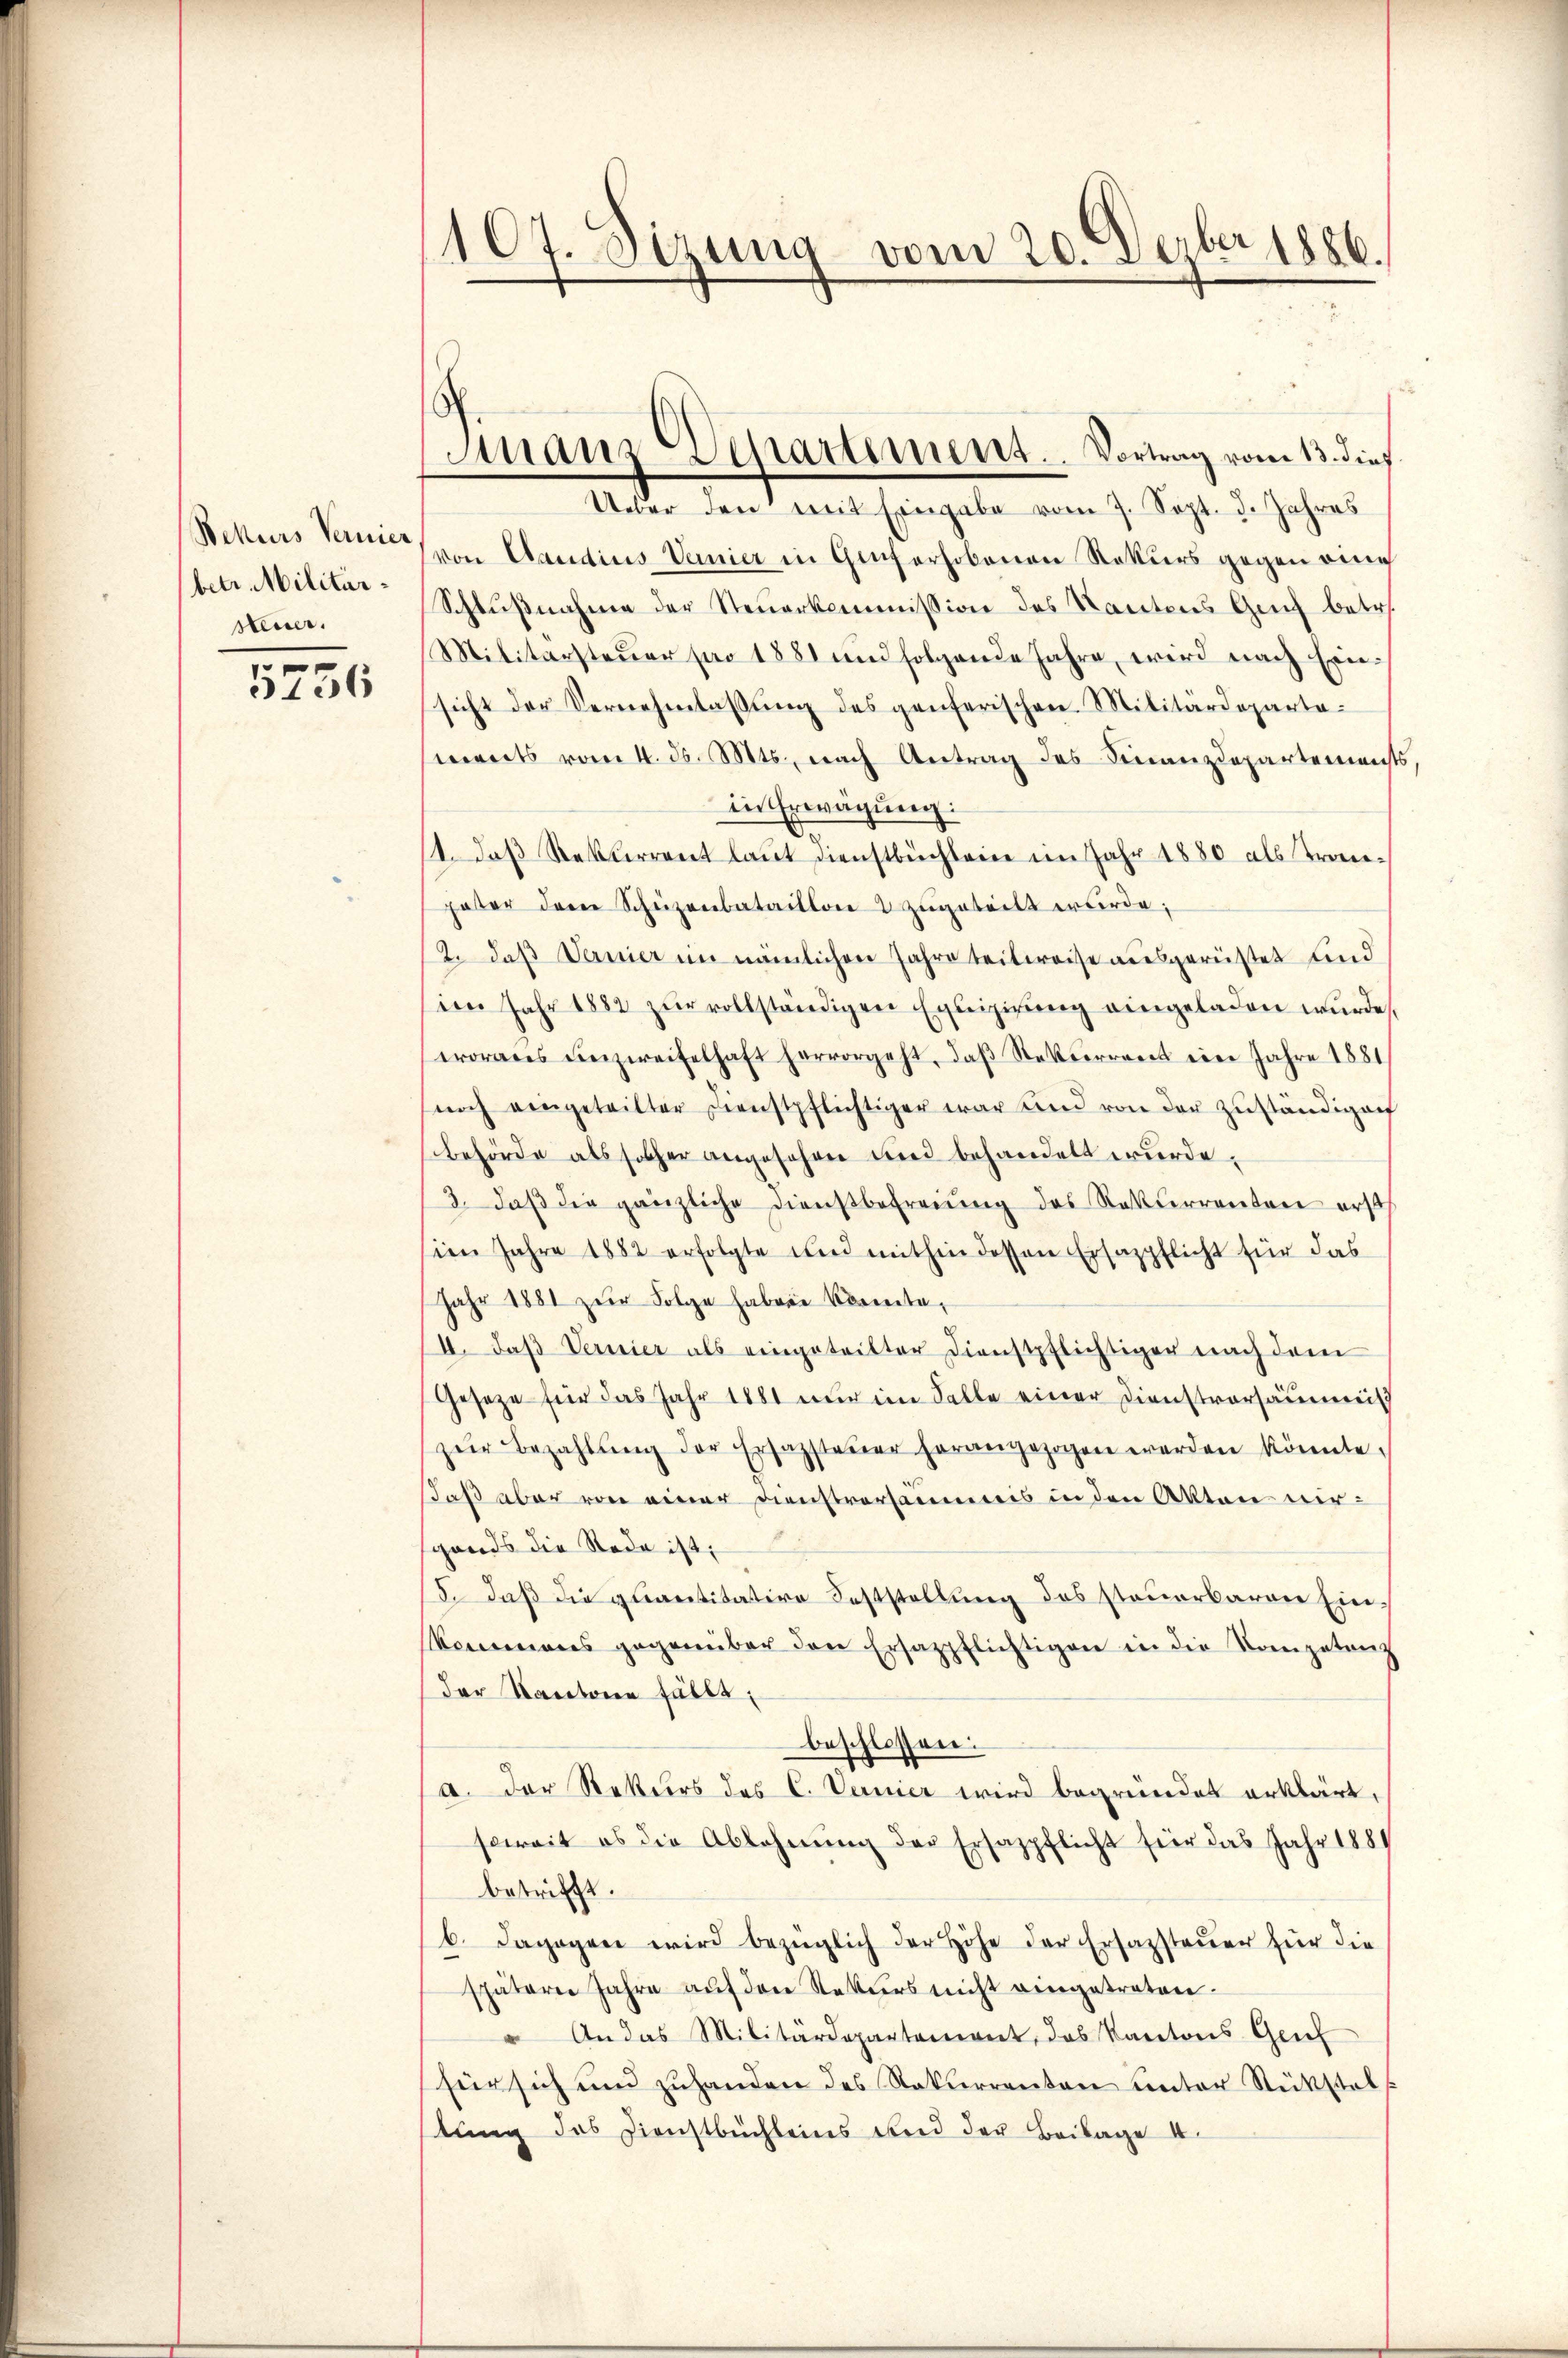
Bekurs Vernier
betr. Militärsteuer.

5756

107. Sizung vom 20. Dezbr. 1886.

Franz Sepattment. Vortrag vom 13. dies

Ueber den mit Eingabe vom 7. Sept. d. Jahres
von Claudius Vernier in Genferhobenen Rekurs gegen eine
Schlußnahme der Steuerkommission des Kantons Genf betr.
Militärsteŭer pro 1881 und folgende Jahre, wird nach Ein-
sicht der Vernehmlassŭng des genferischen Militärdeparta-
ments vom 4. d. Mts., nach Antrag des Finanzdepartements
in Erwägung:
1. daß Rekurrent laut dienstbüchleine im Jahr 1880 als Tranpater der Scheizenbataillon zŭgeteilt wurde.
12. daß Vernier im nämlichen Jahre teilweise ausgerüstet und
im Jahr 1882 zur vollständigen Equipirung eingeladen wurde.
erordes unzweifelhaft hervorgeht, daß Rekurrent ein Jahre 1881
noch eingeteilter Dienstpflichtiger war und von der zŭständigen
Behörde als solcher angesehen und behandelt wurde.
3. daβ die gänzliche Dienstbefreiung des Rekurrenten ersch
iin Jahre 1882 erfolgte und mithin dessen Ersazpflicht für das
Jahr 1881 zur Folge haben könnte,
II. Das Vernier als eingeteilter Dienstpflichtiger nach dem
Gesetze für das Jahr 1881 nur im Falle einer Dienstversaumeis
zŭr Bezahlŭng der Erfassteŭer herangezogen werden könnte.
daß aber von einer Dienstversammeis in den Akten wirgands die Rede ist;
5. daß die quantitative Feststellung des steuerbarer Ein-
kommenes gegenüber den Ersazpflichtigen in die Kompetenz
Der Kantone fällt;
beschlossen:
a. Der Rekurs des C. Vernier wird begründet erklärt,
soweit es die Ablehnŭng der Ersazpflicht für das Jahr 1884
betrifft.
6. Dagegen wird bezüglich der Höhe der Ersazsteuer für die
spätern Jahre auf den Rekurs nicht eingetreten.
" An das Militärdepartement, das Kantons Geich
für sich und zuhanden des Rekurrenten unter Stückstel
tung des Dienstbüchleins und der Beilage I